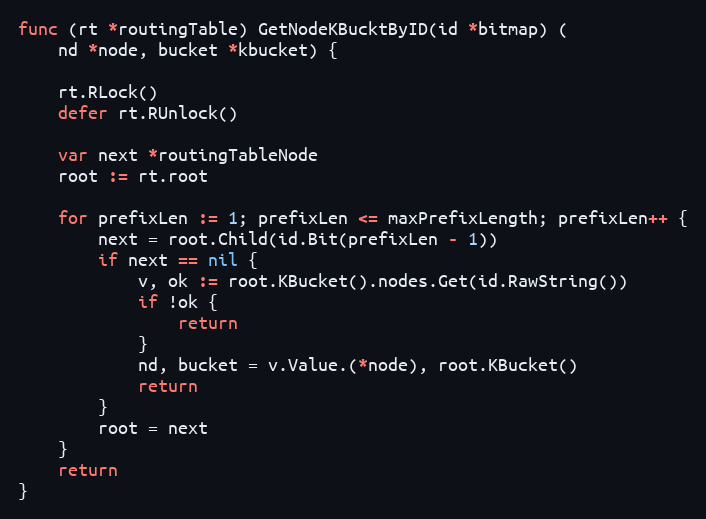
Language: Go
func (rt *routingTable) GetNodeKBucktByID(id *bitmap) (
	nd *node, bucket *kbucket) {

	rt.RLock()
	defer rt.RUnlock()

	var next *routingTableNode
	root := rt.root

	for prefixLen := 1; prefixLen <= maxPrefixLength; prefixLen++ {
		next = root.Child(id.Bit(prefixLen - 1))
		if next == nil {
			v, ok := root.KBucket().nodes.Get(id.RawString())
			if !ok {
				return
			}
			nd, bucket = v.Value.(*node), root.KBucket()
			return
		}
		root = next
	}
	return
}